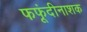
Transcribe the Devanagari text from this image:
फफूंदीनाशक